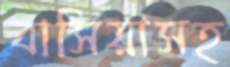
বাসিয়াসহ